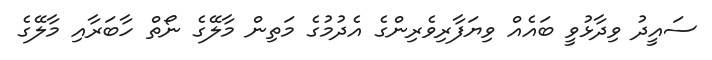
ސައީދު ވިދާޅުވީ ބައެއް ވިޔަފާރިވެރިންގެ އެދުމުގެ މަތިން މާލޭގެ ނޯތް ހާބަރާއި މާލޭގެ